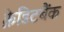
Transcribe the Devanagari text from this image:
क्रेडिटबैंक